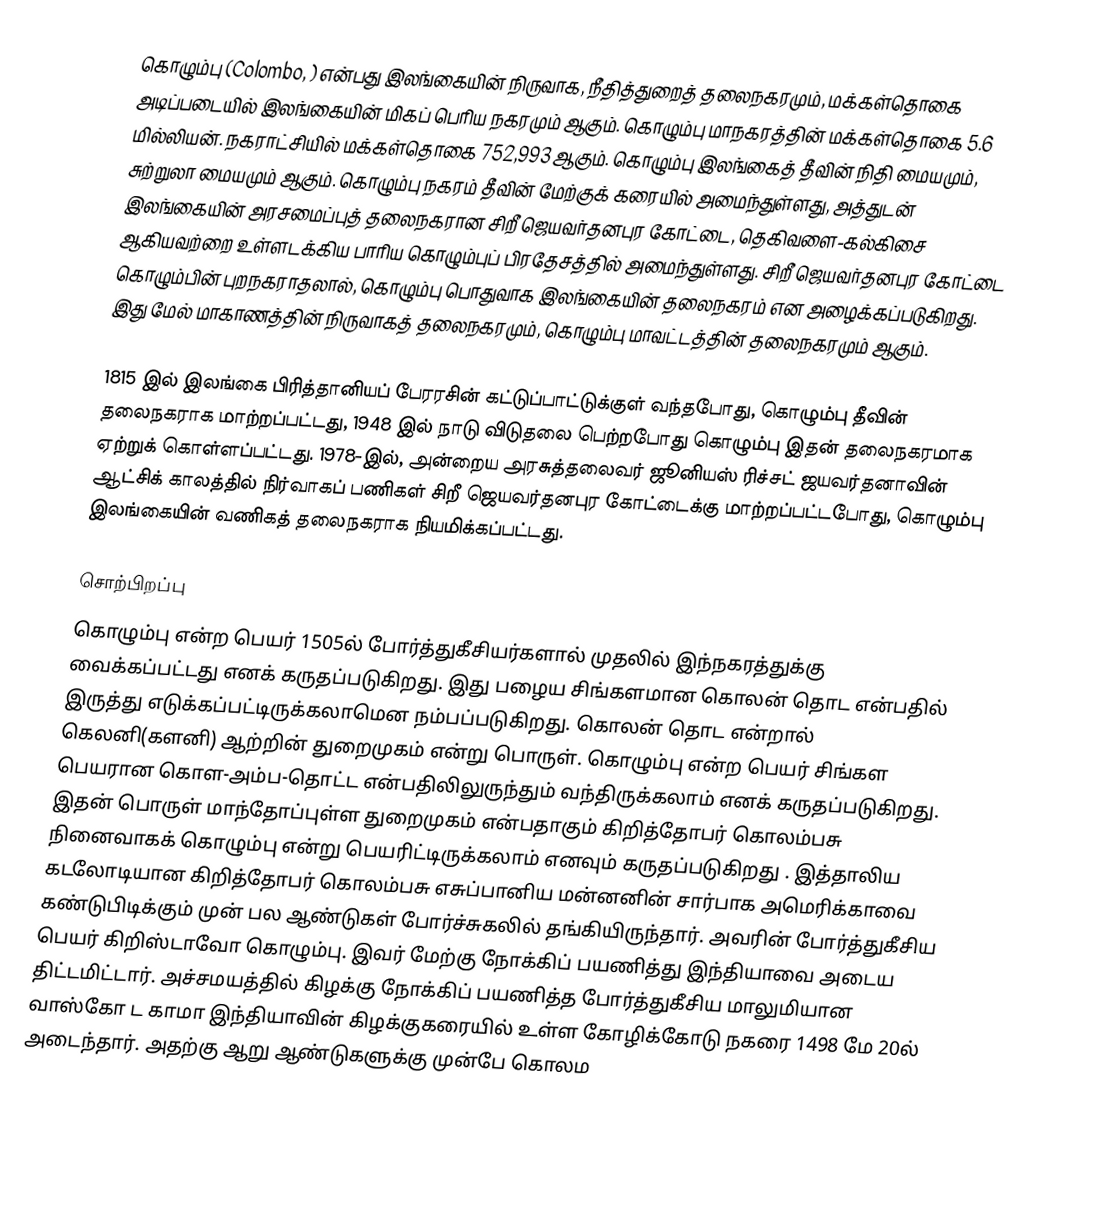
கொழும்பு (Colombo, ) என்பது இலங்கையின் நிருவாக, நீதித்துறைத் தலைநகரமும், மக்கள்தொகை அடிப்படையில் இலங்கையின் மிகப் பெரிய நகரமும் ஆகும். கொழும்பு மாநகரத்தின் மக்கள்தொகை 5.6 மில்லியன். நகராட்சியில் மக்கள்தொகை 752,993 ஆகும். கொழும்பு இலங்கைத் தீவின் நிதி மையமும், சுற்றுலா மையமும் ஆகும். கொழும்பு நகரம் தீவின் மேற்குக் கரையில் அமைந்துள்ளது, அத்துடன் இலங்கையின் அரசமைப்புத் தலைநகரான சிறீ ஜெயவர்தனபுர கோட்டை, தெகிவளை-கல்கிசை ஆகியவற்றை உள்ளடக்கிய பாரிய கொழும்புப் பிரதேசத்தில் அமைந்துள்ளது. சிறீ ஜெயவர்தனபுர கோட்டை கொழும்பின் புறநகராதலால், கொழும்பு பொதுவாக இலங்கையின் தலைநகரம் என அழைக்கப்படுகிறது. இது மேல் மாகாணத்தின் நிருவாகத் தலைநகரமும், கொழும்பு மாவட்டத்தின் தலைநகரமும் ஆகும்.

1815 இல் இலங்கை பிரித்தானியப் பேரரசின் கட்டுப்பாட்டுக்குள் வந்தபோது, கொழும்பு தீவின் தலைநகராக மாற்றப்பட்டது, 1948 இல் நாடு விடுதலை பெற்றபோது கொழும்பு இதன் தலைநகரமாக ஏற்றுக் கொள்ளப்பட்டது. 1978-இல், அன்றைய அரசுத்தலைவர் ஜூனியஸ் ரிச்சட் ஜயவர்தனாவின் ஆட்சிக் காலத்தில் நிர்வாகப் பணிகள் சிறீ ஜெயவர்தனபுர கோட்டைக்கு மாற்றப்பட்டபோது, கொழும்பு இலங்கையின் வணிகத் தலைநகராக நியமிக்கப்பட்டது.

சொற்பிறப்பு
கொழும்பு என்ற பெயர் 1505ல் போர்த்துகீசியர்களால் முதலில் இந்நகரத்துக்கு வைக்கப்பட்டது எனக் கருதப்படுகிறது. இது பழைய சிங்களமான கொலன் தொட என்பதில் இருத்து எடுக்கப்பட்டிருக்கலாமென நம்பப்படுகிறது. கொலன் தொட என்றால் கெலனி(களனி) ஆற்றின் துறைமுகம் என்று பொருள். கொழும்பு என்ற பெயர் சிங்கள பெயரான கொள-அம்ப-தொட்ட என்பதிலிலுருந்தும் வந்திருக்கலாம் எனக் கருதப்படுகிறது. இதன் பொருள் மாந்தோப்புள்ள துறைமுகம் என்பதாகும்  கிறித்தோபர் கொலம்பசு நினைவாகக் கொழும்பு என்று பெயரிட்டிருக்கலாம் எனவும் கருதப்படுகிறது . இத்தாலிய கடலோடியான கிறித்தோபர் கொலம்பசு எசுப்பானிய மன்னனின் சார்பாக அமெரிக்காவை கண்டுபிடிக்கும் முன் பல ஆண்டுகள் போர்ச்சுகலில் தங்கியிருந்தார். அவரின் போர்த்துகீசிய பெயர் கிறிஸ்டாவோ கொழும்பு. இவர் மேற்கு நோக்கிப் பயணித்து இந்தியாவை அடைய திட்டமிட்டார். அச்சமயத்தில் கிழக்கு நோக்கிப் பயணித்த போர்த்துகீசிய மாலுமியான வாஸ்கோ ட காமா இந்தியாவின் கிழக்குகரையில் உள்ள கோழிக்கோடு நகரை 1498 மே 20ல் அடைந்தார். அதற்கு ஆறு ஆண்டுகளுக்கு முன்பே கொலம